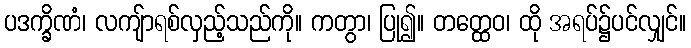
ပဒက္ခိဏံ၊ လကျ်ာရစ်လှည့်သည်ကို။ ကတွာ၊ ပြု၍။ တတ္ထေဝ၊ ထို အရပ်၌ပင်လျှင်။